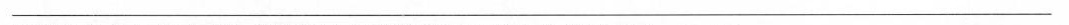
____